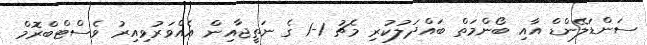
ސަންޑަލޭންޑް އާއި ބޯންމަތް ބައްދަލުކުރި މެޗު 1-1 ގެ ނަތީޖާއިން އެއްވަރުވިއިރު ވެސްޓްބްރޮމް